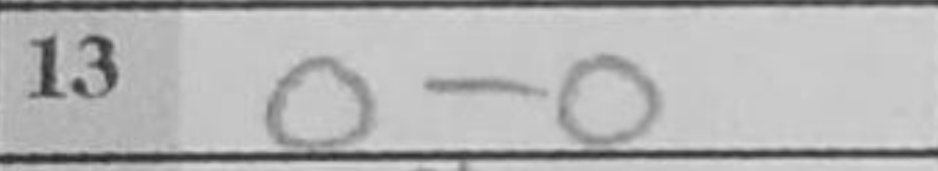
Transcription: O-O